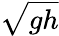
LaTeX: \sqrt{gh}